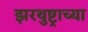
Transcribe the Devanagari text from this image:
झरथुष्ट्राच्या